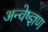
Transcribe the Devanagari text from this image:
अन्वेष्ज्ञण